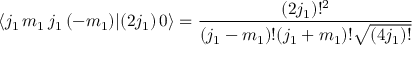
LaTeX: \langle j _ { 1 } \, m _ { 1 } \, j _ { 1 } \, ( - m _ { 1 } ) | ( 2 j _ { 1 } ) \, 0 \rangle = { \frac { ( 2 j _ { 1 } ) ! ^ { 2 } } { ( j _ { 1 } - m _ { 1 } ) ! ( j _ { 1 } + m _ { 1 } ) ! { \sqrt { ( 4 j _ { 1 } ) ! } } } }